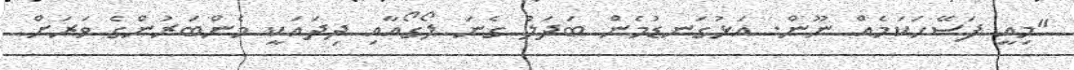
"މިއީ ފަސޭހަކަމެއް ނޫން. އަޅުގަނޑުމެން ބަދަލު ގެނަ ލޯގޯއާއި ދިދައަކީ މެންބަރުންގެ ވަރަށް